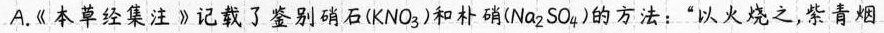
A.《本草经集注》记载了鉴别硝石(KNO^{3})和朴硝(Na^{2}S0^{4})的方法：”以火烧之，紫青烟